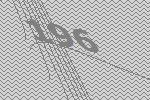
196